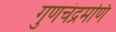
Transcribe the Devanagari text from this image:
गुणचंद्रमणि